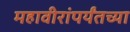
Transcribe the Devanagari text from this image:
महावीरांपर्यंतच्या